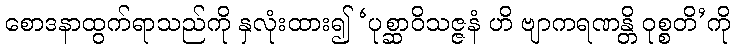
စောဒနာထွက်ရာသည်ကို နှလုံးထား၍ ‘ပုစ္ဆာဝိသဇ္ဇနံ ဟိ ဗျာကရဏန္တိ ဝုစ္စတိ’ကို